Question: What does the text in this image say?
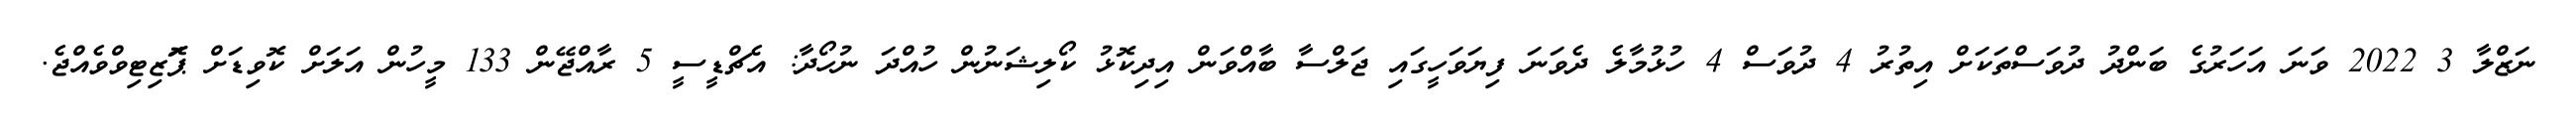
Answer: ނަޒްލާ 3 2022 ވަނަ އަހަރުގެ ބަންދު ދުވަސްތަކަށް އިތުރު 4 ދުވަސް 4 ހުޅުމާލެ ދެވަނަ ފިޔަވަހީގައި ޖަލްސާ ބާއްވަން އިދިކޮޅު ކޯލިޝަނުން ހުއްދަ ނުހޯދާ: އެޗްޑީސީ 5 ރާއްޖޭން 133 މީހުން އަލަށް ކޮވިޑަށް ޕަޮޒިޓިވްވެއްޖެ.